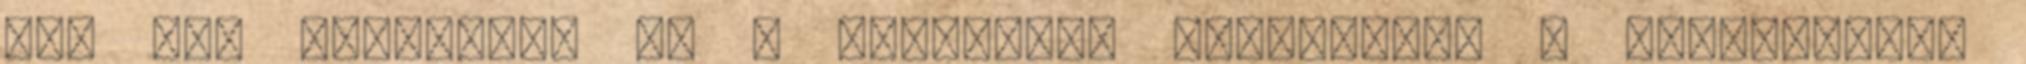
nem tud figyelni. Mi a mesemondó tanfolyam? A Hagyományok